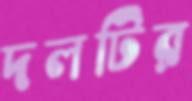
দলটির